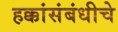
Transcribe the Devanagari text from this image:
हक्कांसंबंधीचे